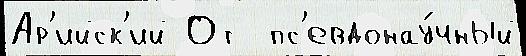
Ар'ийск'ий От  пс'евдонау́чный